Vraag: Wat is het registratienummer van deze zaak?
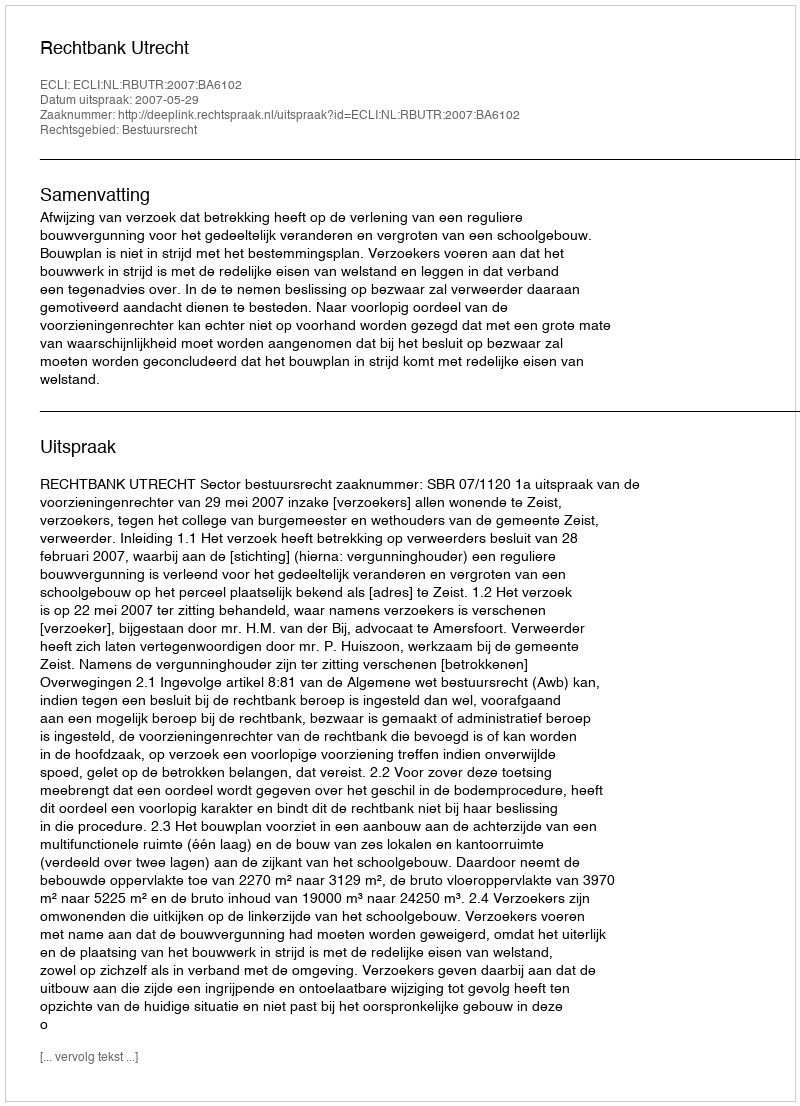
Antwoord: http://deeplink.rechtspraak.nl/uitspraak?id=ECLI:NL:RBUTR:2007:BA6102